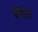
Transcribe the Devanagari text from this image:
सॅण्ट्रल